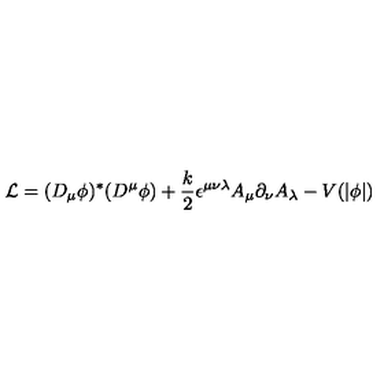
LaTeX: { \cal L } = ( D _ { \mu } \phi ) ^ { * } ( D ^ { \mu } \phi ) + \frac { k } { 2 } \epsilon ^ { \mu \nu \lambda } A _ { \mu } \partial _ { \nu } A _ { \lambda } - V ( \vert \phi \vert )